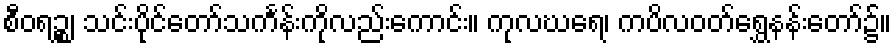
စီဝရဉ္စ၊ သင်းပိုင်တော်သင်္ကန်းကိုလည်းကောင်း။ ကုလဃရေ၊ ကပိလဝတ်ရွှေနန်းတော်၌။